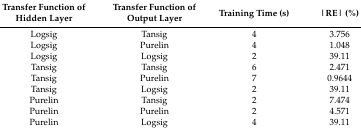
| Transfer Function of Hidden Layer | Transfer Function of Output Layer | Training Time (s) | |RE| (%) |
 | --- | --- | --- | --- |
 | Logsig | Tansig | 4 | 3.756 |
 | Logsig | Purelin | 4 | 1.048 |
 | Logsig | Logsig | 2 | 39.11 |
 | Tansig | Tansig | 6 | 2.471 |
 | Tansig | Purelin | 7 | 0.9644 |
 | Tansig | Logsig | 2 | 39.11 |
 | Purelin | Tansig | 2 | 7.474 |
 | Purelin | Purelin | 2 | 4.571 |
 | Purelin | Logsig | 4 | 39.11 |